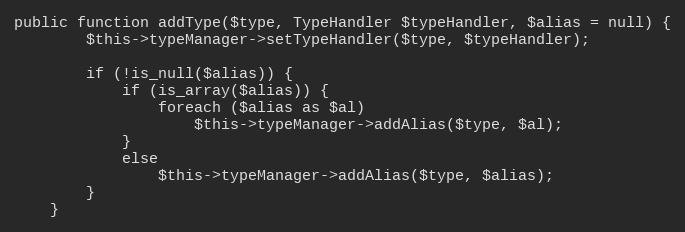
Language: PHP
public function addType($type, TypeHandler $typeHandler, $alias = null) {
		$this->typeManager->setTypeHandler($type, $typeHandler);

		if (!is_null($alias)) {
			if (is_array($alias)) {
				foreach ($alias as $al)
					$this->typeManager->addAlias($type, $al);
			}
			else
				$this->typeManager->addAlias($type, $alias);
		}
	}